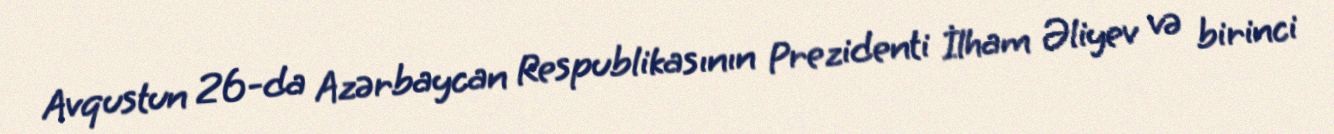
Avqustun 26-da Azərbaycan Respublikasının Prezidenti İlham Əliyev və birinci